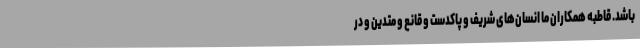
باشد. قاطبه همکاران ما انسان‌های شریف و پاکدست و قانع و متدین و در